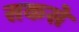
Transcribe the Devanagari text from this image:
सकसे